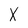
Character: X